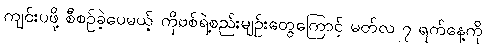
ကျင်းပဖို့ စီစဉ်ခဲ့ပေမယ့် ကိုဗစ်ရဲ့စည်းမျဉ်းတွေကြောင့် မတ်လ ၇ ရက်နေ့ကို